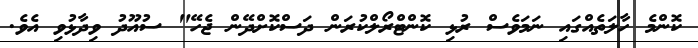
ކޮންމެ ހާލަތެއްގައި ނަމަވެސް ރުޅި ކޮންޓްރޯލްކުރަން ދަސްކޮށްދޭން ޖެހޭ" ސުއޫދު ވިދާޅުވި އެވެ.